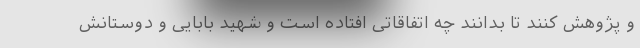
و پژوهش کنند تا بدانند چه اتفاقاتی افتاده است و شهید بابایی و دوستانش